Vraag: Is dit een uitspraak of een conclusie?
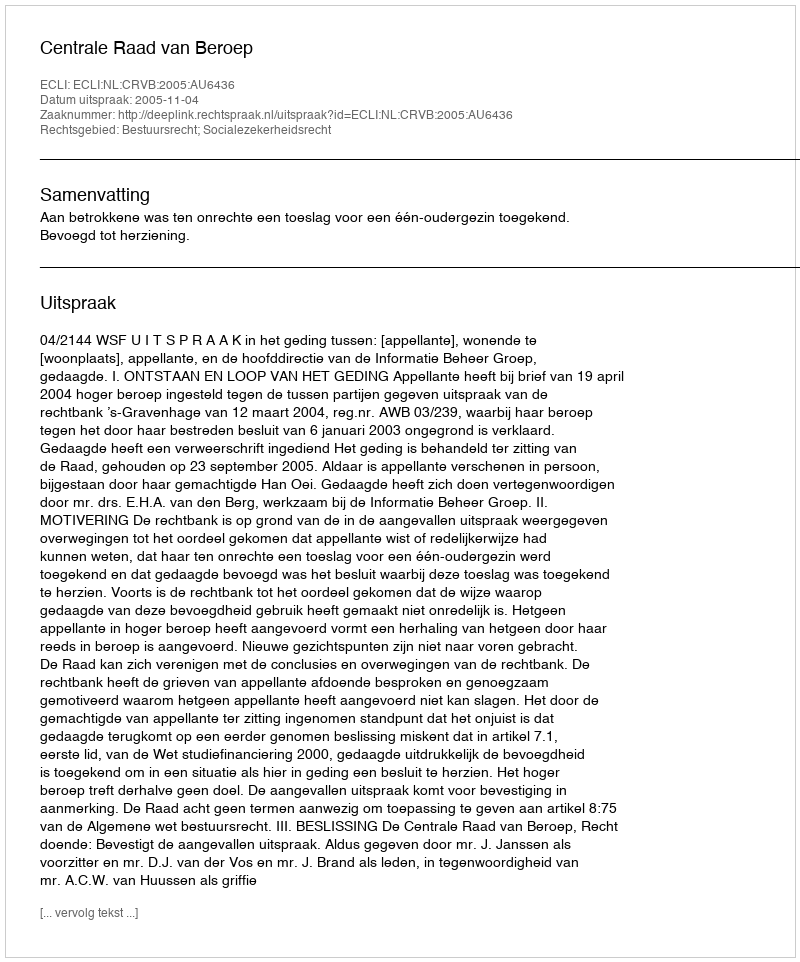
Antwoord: Uitspraak